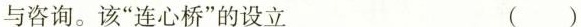
与咨询。该”连心桥”的设立（）